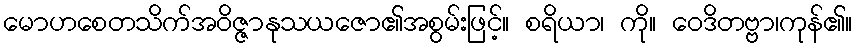
မောဟစေတသိက်အဝိဇ္ဇာနုသယဇော၏အစွမ်းဖြင့်။ စရိယာ၊ ကို။ ဝေဒိတဗ္ဗာ၊ကုန်၏။